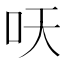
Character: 𱒆